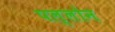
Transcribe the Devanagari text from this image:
पल्लोन